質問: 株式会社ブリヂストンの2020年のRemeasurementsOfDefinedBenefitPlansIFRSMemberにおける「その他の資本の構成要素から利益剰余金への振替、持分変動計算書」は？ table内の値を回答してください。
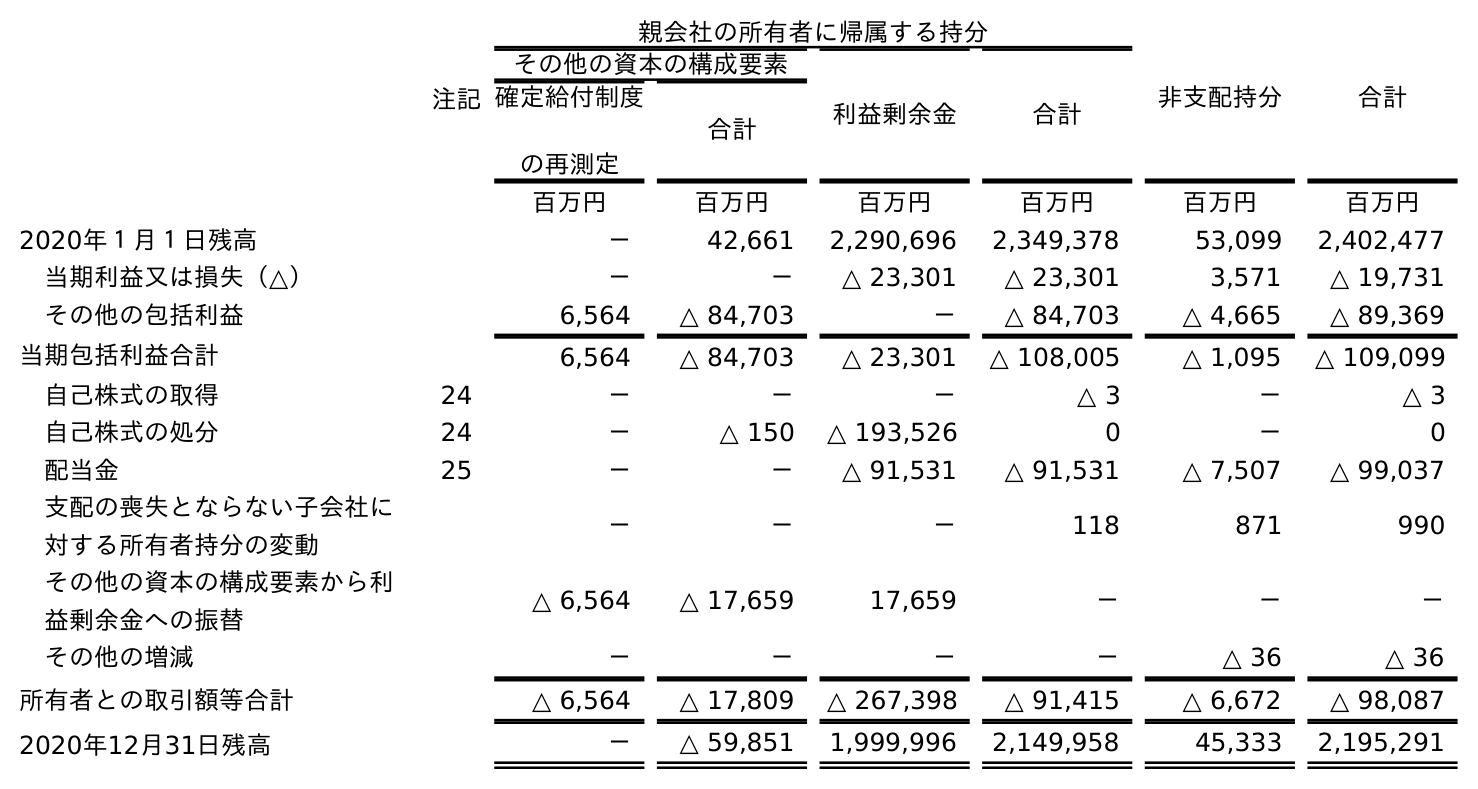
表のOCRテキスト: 注記 親会社の所有者に帰属する持分 非支配持分 合計 その他の資本の構成要素 利益剰余金 合計 確定給付制度 の再測定 合計 百万円 百万円 百万円 百万円 百万円 百万円 2020年１月１日残高 － 42,661 2,290,696 2,349,378 53,099 2,402,477 当期利益又は損失（△） － － △ 23,301 △ 23,301 3,571 △ 19,731 その他の包括利益 6,564 △ 84,703 － △ 84,703 △ 4,665 △ 89,369 当期包括利益合計 6,564 △ 84,703 △ 23,301 △ 108,005 △ 1,095 △ 109,099 自己株式の取得 24 － － － △ 3 － △ 3 自己株式の処分 24 － △ 150 △ 193,526 0 － 0 配当金 25 － － △ 91,531 △ 91,531 △ 7,507 △ 99,037 支配の喪失とならない子会社に 対する所有者持分の変動 － － － 118 871 990 その他の資本の構成要素から利 益剰余金への振替 △ 6,564 △ 17,659 17,659 － － － その他の増減 － － － － △ 36 △ 36 所有者との取引額等合計 △ 6,564 △ 17,809 △ 267,398 △ 91,415 △ 6,672 △ 98,087 2020年12月31日残高 － △ 59,851 1,999,996 2,149,958 45,333 2,195,291
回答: △6,564